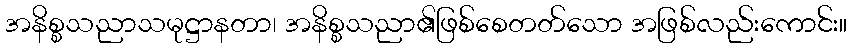
အနိစ္စသညာသမုဋ္ဌာနတာ၊ အနိစ္စသညာ၏ဖြစ်စေတတ်သော အဖြစ်လည်းကောင်း။